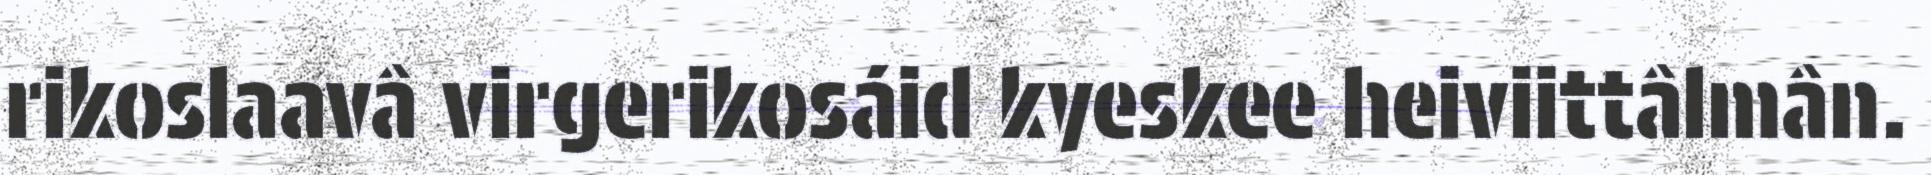
rikoslaavâ virgerikosáid kyeskee heiviittâlmân.